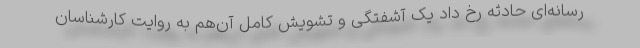
رسانه‌ای حادثه رخ داد یک آشفتگی و تشویش کامل آن‌‌هم به روایت کارشناسان